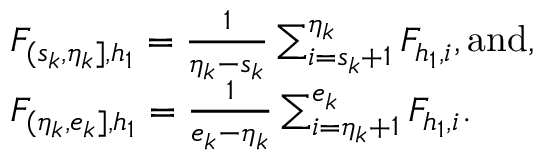
\begin{array} { r l } & { F _ { ( s _ { k } , \eta _ { k } ] , h _ { 1 } } = \frac { 1 } { \eta _ { k } - s _ { k } } \sum _ { i = s _ { k } + 1 } ^ { \eta _ { k } } F _ { h _ { 1 } , i } , \mathrm { a n d } , } \\ & { F _ { ( \eta _ { k } , e _ { k } ] , h _ { 1 } } = \frac { 1 } { e _ { k } - \eta _ { k } } \sum _ { i = \eta _ { k } + 1 } ^ { e _ { k } } F _ { h _ { 1 } , i } . } \end{array}